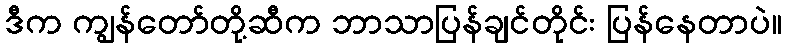
ဒီက ကျွန်တော်တို့ဆီက ဘာသာပြန်ချင်တိုင်း ပြန်နေတာပဲ။